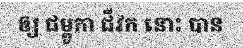
ឲ្យ ជម្ពូកា ជីវក នោះ បាន